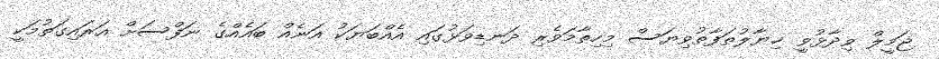
ޖަމީލް ވިދާޅުވީ ޚިޔާލުތަފާތުވިޔަސް މިހިތާމަވެރި ދަނޑިވަޅުގައި އެއްބަޔަކު އަނެއް ބައެއްގެ ނަފްސަށް އަރައިގަތުމަކީ